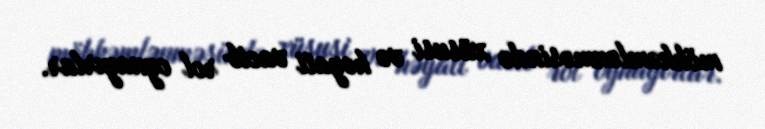
möhkəmlənməsində xüsusi və həyati vacib rol oynayırlar.